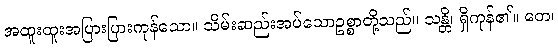
အထူးထူးအပြားပြားကုန်သော။ သိမ်းဆည်းအပ်သောဥစ္စာတို့သည်။ သန္တိ၊ ရှိကုန်၏။ တေ၊